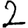
Digit: 2